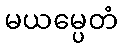
မယမ္ပေတံ